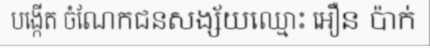
បង្កើត ចំណែកជនសង្ស័យឈ្មោះ ឣឿន ប៉ាក់